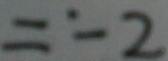
= - 2